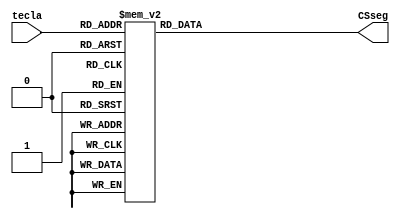
module Conversor(tecla, CSseg);
	input [3:0] tecla;
	
	output reg [6:0] CSseg;
	
	parameter segmin = 7'b1111110; //-
	parameter segplus = 7'b1101100; // +
	parameter segdiv = 7'b1011011; // /
	parameter segmult = 7'b1001000; // *
	parameter seg0 = 7'b0000001; //0
	parameter seg1 = 7'b1001111; //1
	parameter seg2 = 7'b0010010; //2
	parameter seg3 = 7'b0000110; //3
	parameter seg4 = 7'b1001100; //4
	parameter seg5 = 7'b0100100; //5
	parameter seg6 = 7'b0100000; //6
	parameter seg7 = 7'b0001111; //7
	parameter seg8 = 7'b0000000; //8
	parameter seg9 = 7'b0000100; //9
	parameter segA = 7'b0001000; //A
	parameter segb = 7'b1100000; //b
	parameter segC = 7'b0110001; //C
	parameter segd = 7'b1000010; //d
	parameter segE = 7'b0110000; //E
	parameter segF = 7'b0111000; //F
	parameter sego = 7'b1100010; //o
	parameter segh = 7'b1101000; //h
	parameter segeq = 7'b1110110; //=
	parameter nul = 7'b1111111; //
	
	always @(*)begin
			case(tecla)
				4'b0000: CSseg = seg0;
				4'b0001: CSseg = seg1;
				4'b0010: CSseg = seg2;
				4'b0011: CSseg = seg3;
				4'b0100: CSseg = seg4;
				4'b0101: CSseg = seg5;
				4'b0110: CSseg = seg6;
				4'b0111: CSseg = seg7;
				4'b1000: CSseg = seg8;
				4'b1001: CSseg = seg9;
				4'b1010: CSseg = segplus;
				4'b1011: CSseg = segmin;
				4'b1100: CSseg = segmult;
				4'b1101: CSseg = segdiv;
				4'b1110: CSseg = segeq;
				4'b1111: CSseg = nul;
			endcase
	end
	
endmodule